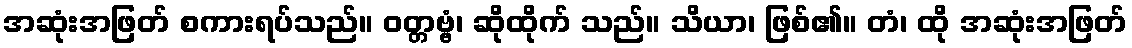
အဆုံးအဖြတ် စကားရပ်သည်။ ဝတ္တဗ္ဗံ၊ ဆိုထိုက် သည်။ သိယာ၊ ဖြစ်၏။ တံ၊ ထို အဆုံးအဖြတ်